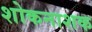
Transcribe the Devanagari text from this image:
शोकनाशक